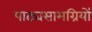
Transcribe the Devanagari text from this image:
पाठ्यसामग्रियों